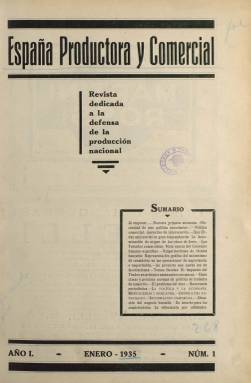
Título: España productora y comercial
Colección: Economía
Ámbito geográfico: Madrid
Lugar de publicación: Madrid
Fechas: 30/01/1935-30/12/1935

Con el subtítulo “revista dedicada a la defensa de la producción nacional”, es una publicación especializada en economía y comercio del periodo republicano, que comienza a publicarse el 30 de enero de 1935, en entregas con paginación variable, entre las 24 y las 40 páginas, compuestas a dos columnas. La dirige J. Gil Vernet, y su redactor-jefe es J. Peres Unzueta, indicando en su cabecera su lema: “La independencia económica, base de libertad jurídica de los pueblos”, y resumiendo su doctrina en la siguiente frase: “Libre juego de las leyes económicas en un plano de realidades”. En su artículo de presentación se autodefine como “apolítica”, pero “atenta a la actuación de los partidos políticos” respecto a la economía, y en cuanto a su postura sobre el intervencionismo estatal expresa que “la acción oficial, más que como rectora de la iniciativa privada, ha de aparecer como servidora de dicha iniciativa”. Tampoco es órgano de ninguna organización empresarial, declarándose independiente y profesional o “corporativa”, aunque indica que buscará el contacto con ellas. También señala que no es una publicación con pretensiones técnicas, sino que debe considerarse como una “hoja de combate”, considerado este como como elemento divulgador de problemas y aportación de soluciones. Añade que en su elaboración participan “hombres de diferentes ideologías”, unidos ante la necesidad de un plan nacional sobre política económica.

Carece de ilustraciones, a excepción de las que incorporan algunas de sus inserciones publicitarias, que ocupan casi la mitad de cada entrega. Cada una de ellas incluye un sumario. Sus contenidos los reparte entre editoriales sobre la política económica, artículos e informaciones o resúmenes de informes, dando cuenta del desarrollo legislativo sobre materias económicas, incluidos los tratados o convenios comerciales, o asuntos fiscales. También da cuenta de la situación del negocio bursátil, la producción agraria (como la del vino o la del aceite), de la flota mercante o los presupuestos estatales. Se estructura también en las siguientes secciones: La política y la economía, Mercaderías y mercados, Crónica del extranjero, Crónicas regionales, Crónica de la decena, Crónica parlamentaria, e Información comercial. Publica también dos suplementos, uno al número 9 (20 de abril de 1935), que recoge la conferencia de Francisco Cambó, titulada Crisis económica e intervencionismo del Estado; y otro al número 11 (10 de mayo de 1935), en el que inserta un informe del Consejo Superior de Cámaras de Comercio, Industria y Navegación, titulado La situación económica de España, al comenzar el año 1935. Entre los autores que escriben en sus páginas se encuentran Enrique Fontana, que firma un artículo sobre Vulgarización de técnica bancaria; o Gabriel Artiach, sobre asuntos fiscales.  Otros textos se firman bajo iniciales.

Estuvo apareciendo los días 10, 10 y 30 de cada mes, y el último número en la colección de la Biblioteca Nacional de España es el 32, correspondiente al 30 de diciembre de ese mismo año 1935. En un editorial del mismo se empieza señalando que “a medida que transcurren los días es más ancho el cauce que separa la acción gobernante de las realidades vivas del país”, aunque recuerda que “hubo un momento en que, más o menos acertadamente, estas se impusieron a la política”, en referencia a los proyectos financieros del ministro de Hacienda.